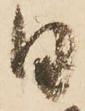
日